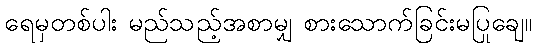
ရေမှတစ်ပါး မည်သည့်အစာမျှ စားသောက်ခြင်းမပြုချေ။